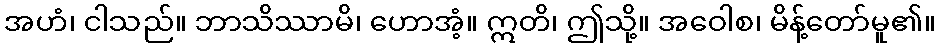
အဟံ၊ ငါသည်။ ဘာသိဿာမိ၊ ဟောအံ့။ ဣတိ၊ ဤသို့။ အဝေါစ၊ မိန့်တော်မူ၏။